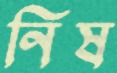
নিষ